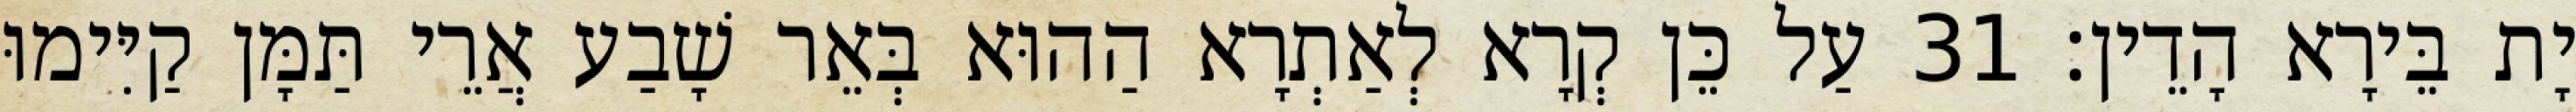
יָת בֵּירָא הָדֵין׃ 31 עַל כֵּן קְרָא לְאַתְרָא הַהוּא בְּאֵר שָׁבַע אֲרֵי תַּמָּן קַיִּימוּ